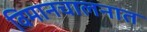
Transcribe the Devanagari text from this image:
विमानचालनात